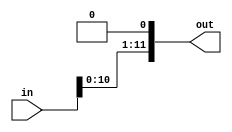
`timescale 1ns / 1ps
//////////////////////////////////////////////////////////////////////////////////
// Company: 
// Engineer: 
// 
// Design Name: 
// Module Name: shifter
// Project Name: 
// Target Devices: 
// Tool Versions: 
// Description: 
// 
// Dependencies: 
// 
// Revision:
// Revision 0.01 - File Created
// Additional Comments:
// 
//////////////////////////////////////////////////////////////////////////////////


module shifter(
    input [11:0] in,
    output [11:0] out
    );  
assign out=(in<<1);    
endmodule